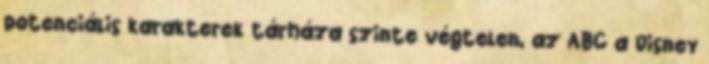
potenciális karakterek tárháza szinte végtelen, az ABC a Disney